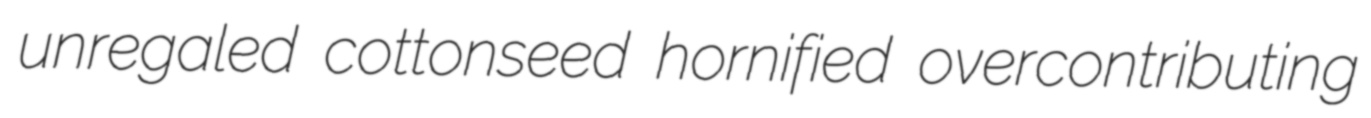
unregaled cottonseed hornified overcontributing